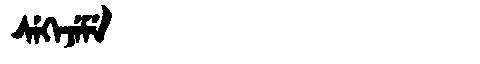
Manchu: ᠰᡝᡴᡝᠵᡝᠮᡝ
Romanization: SEKEJEME